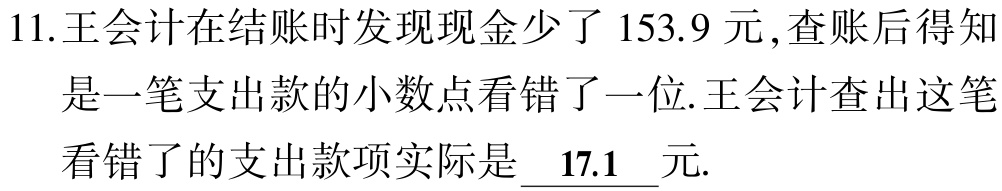
11.王会计在结账时发现现金少了$153.9$元,查账后得知是一笔支出款的小数点看错了一位.王会计查出这笔看错了的支出款项实际是$\underline{17.1}$元.